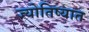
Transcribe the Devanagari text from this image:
ज्योतिष्यात